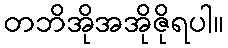
တဘိအိုအအိုဇိုရပါ။